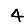
Digit: 4